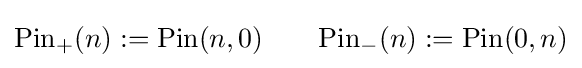
{\mbox{Pin}}_{+}(n):={\mbox{Pin}}(n,0)\qquad {\mbox{Pin}}_{-}(n):={\mbox{Pin}}(0,n)